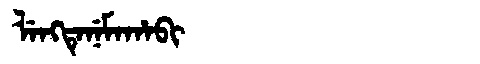
Manchu: ᠯᡝᠩᡨᡝᠨᡝᠮᠠᡥᠠᠪᡳ
Romanization: LENGTENEMAHABI